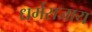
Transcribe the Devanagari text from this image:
धर्मराजाय